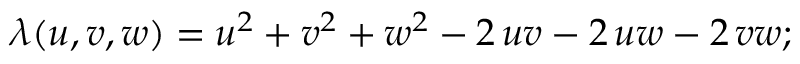
\lambda ( u , v , w ) = u ^ { 2 } + v ^ { 2 } + w ^ { 2 } - 2 \, u v - 2 \, u w - 2 \, v w ;